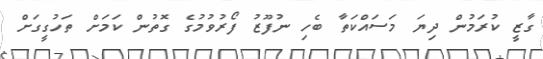
ގާޒީ ކުރަމުން ދިޔަ މަސައްކަތާ ބެހި ނުފޫޒު ފޯރުވުމުގެ ގޮތުން ކަމަށް ތަހުގީގަށް